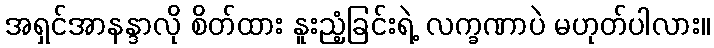
အရှင်အာနန္ဒာလို စိတ်ထား နူးညံ့ခြင်းရဲ့ လက္ခဏာပဲ မဟုတ်ပါလား။